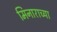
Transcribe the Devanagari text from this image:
मिनाराच्या